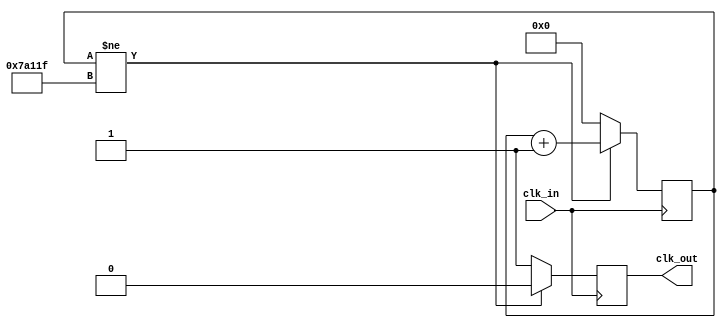
`timescale 1ns / 1ps
//////////////////////////////////////////////////////////////////////////////////
// Company: Personal
// 
// Design Name: 
// Module Name:    slowclock_100Hz 
// Project Name: 
// Target Devices: 
// Tool versions: 
// Description: 
//
// Dependencies: 
//
// Revision: 
// Revision 0.01 - File Created
// Additional Comments: 
//
//////////////////////////////////////////////////////////////////////////////////
module slowclock_100Hz(input clk_in,  //Basys 3 Board 100 MHz
output reg clk_out); //100MHz
reg [20:0] period_count=0;
always @ (posedge clk_in)

if (period_count !=500000-1) //1M/2
begin
period_count<= period_count+1;
clk_out<=0;
end
else
begin
period_count <=0;
clk_out <=1;
end
endmodule